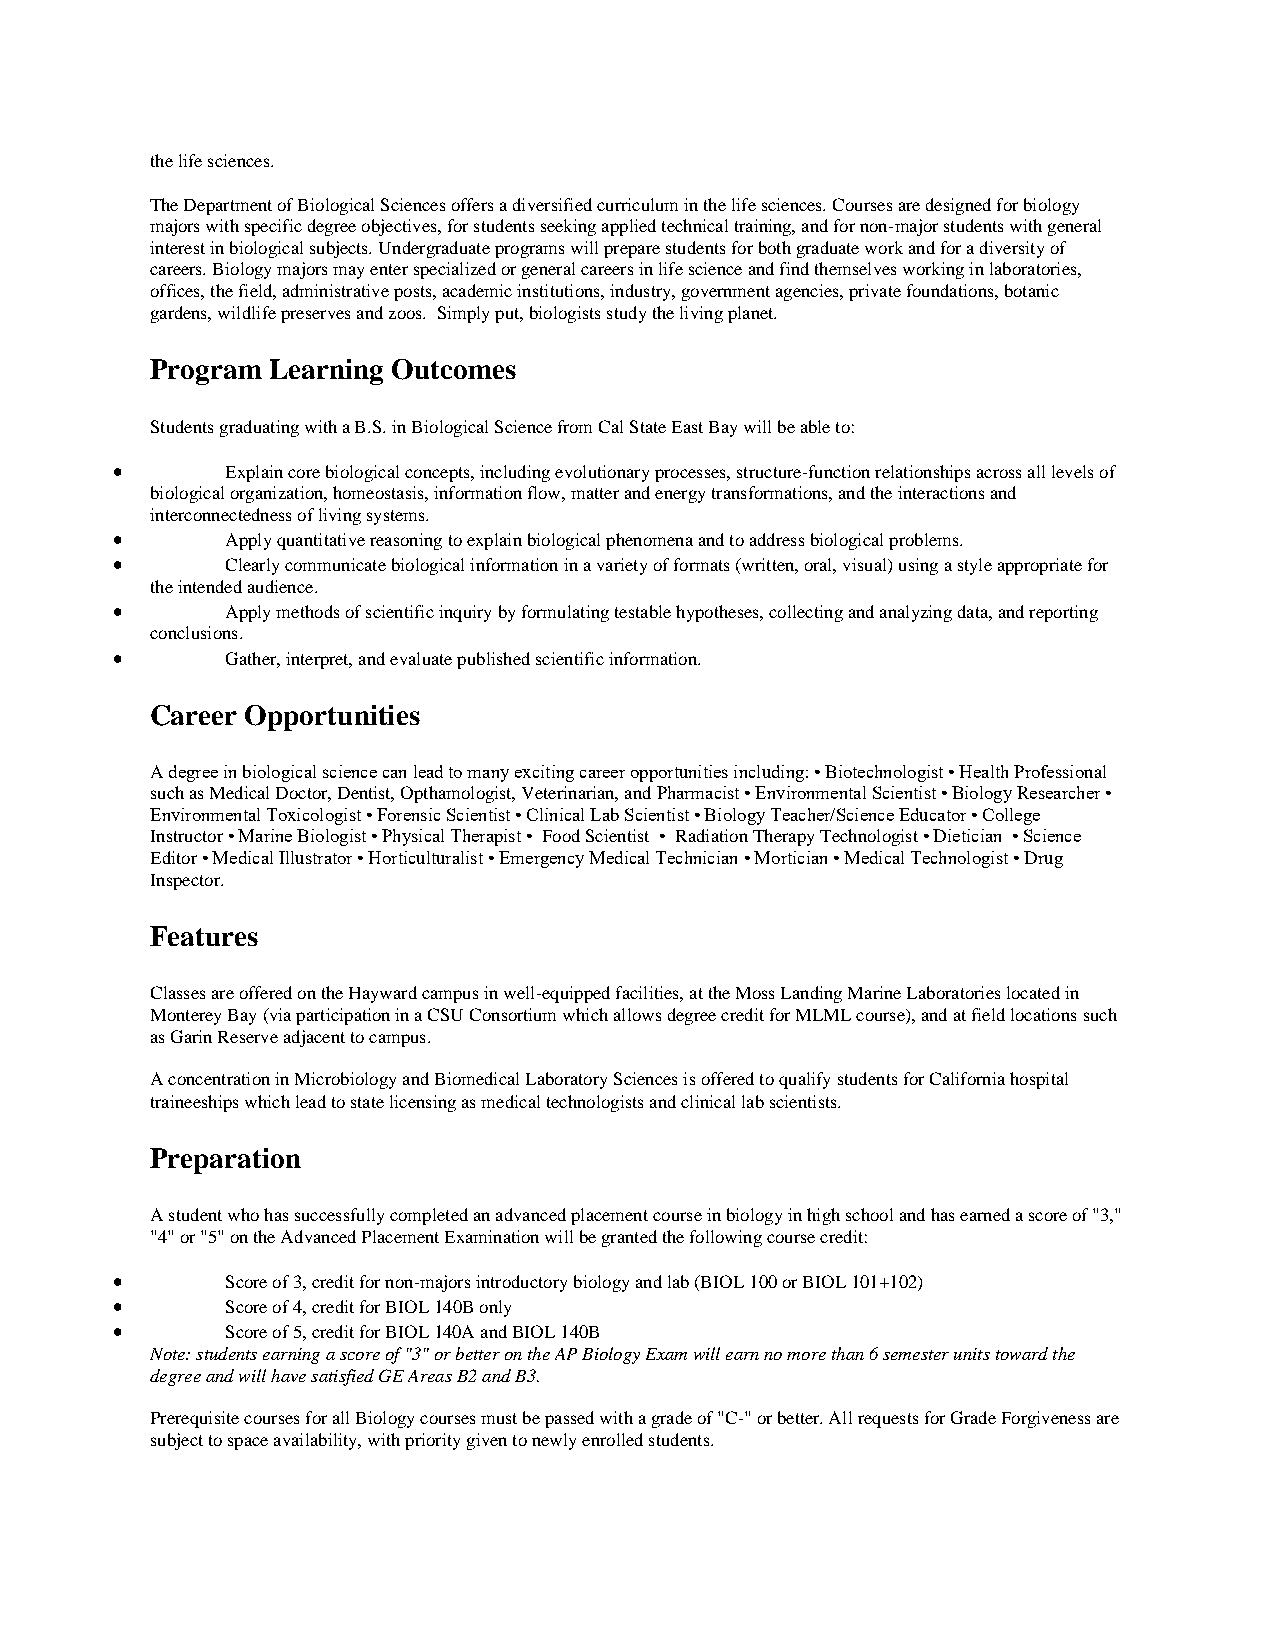
the life sciences.
 The Department of Biological Sciences offers a diversified curriculum in the life sciences. Courses are designed for biology
 majors with specific degree objectives, for students seeking applied technical training, and for non-major students with general
 interest in biological subjects. Undergraduate programs will prepare students for both graduate work and for a diversity of
 careers. Biology majors may enter specialized or general careers in life science and find themselves working in laboratories,
 offices, the field, administrative posts, academic institutions, industry, government agencies, private foundations, botanic
 gardens, wildlife preserves and zoos. Simply put, biologists study the living planet.
 Program Learning Outcomes
 Students graduating with a B.S. in Biological Science from Cal State East Bay will be able to:
 •       Explain core biological concepts, including evolutionary processes, structure-function relationships across all levels of
 biological organization, homeostasis, information flow, matter and energy transformations, and the interactions and
 interconnectedness of living systems.
 •       Apply quantitative reasoning to explain biological phenomena and to address biological problems.
 •       Clearly communicate biological information in a variety of formats (written, oral, visual) using a style appropriate for
 the intended audience.
 •       Apply methods of scientific inquiry by formulating testable hypotheses, collecting and analyzing data, and reporting
 conclusions.
 •       Gather, interpret, and evaluate published scientific information.
 Career Opportunities
 A degree in biological science can lead to many exciting career opportunities including: • Biotechnologist • Health Professional
 such as Medical Doctor, Dentist, Opthamologist, Veterinarian, and Pharmacist • Environmental Scientist • Biology Researcher •
 Environmental Toxicologist • Forensic Scientist • Clinical Lab Scientist • Biology Teacher/Science Educator • College
 Instructor • Marine Biologist • Physical Therapist • Food Scientist • Radiation Therapy Technologist • Dietician • Science
 Editor • Medical Illustrator • Horticulturalist • Emergency Medical Technician • Mortician • Medical Technologist • Drug
 Inspector.
 Features
 Classes are offered on the Hayward campus in well-equipped facilities, at the Moss Landing Marine Laboratories located in
 Monterey Bay (via participation in a CSU Consortium which allows degree credit for MLML course), and at field locations such
 as Garin Reserve adjacent to campus.
 A concentration in Microbiology and Biomedical Laboratory Sciences is offered to qualify students for California hospital
 traineeships which lead to state licensing as medical technologists and clinical lab scientists.
 Preparation
 A student who has successfully completed an advanced placement course in biology in high school and has earned a score of "3,"
 "4" or "5" on the Advanced Placement Examination will be granted the following course credit:
 •       Score of 3, credit for non-majors introductory biology and lab (BIOL 100 or BIOL 101+102)
 •       Score of 4, credit for BIOL 140B only
 •       Score of 5, credit for BIOL 140A and BIOL 140B
 Note: students earning a score of "3" or better on the AP Biology Exam will earn no more than 6 semester units toward the
 degree and will have satisfied GE Areas B2 and B3.
 Prerequisite courses for all Biology courses must be passed with a grade of "C-" or better. All requests for Grade Forgiveness are
 subject to space availability, with priority given to newly enrolled students.